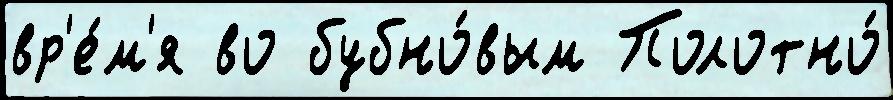
вр'е́м'я во бубно́вым Полотно́